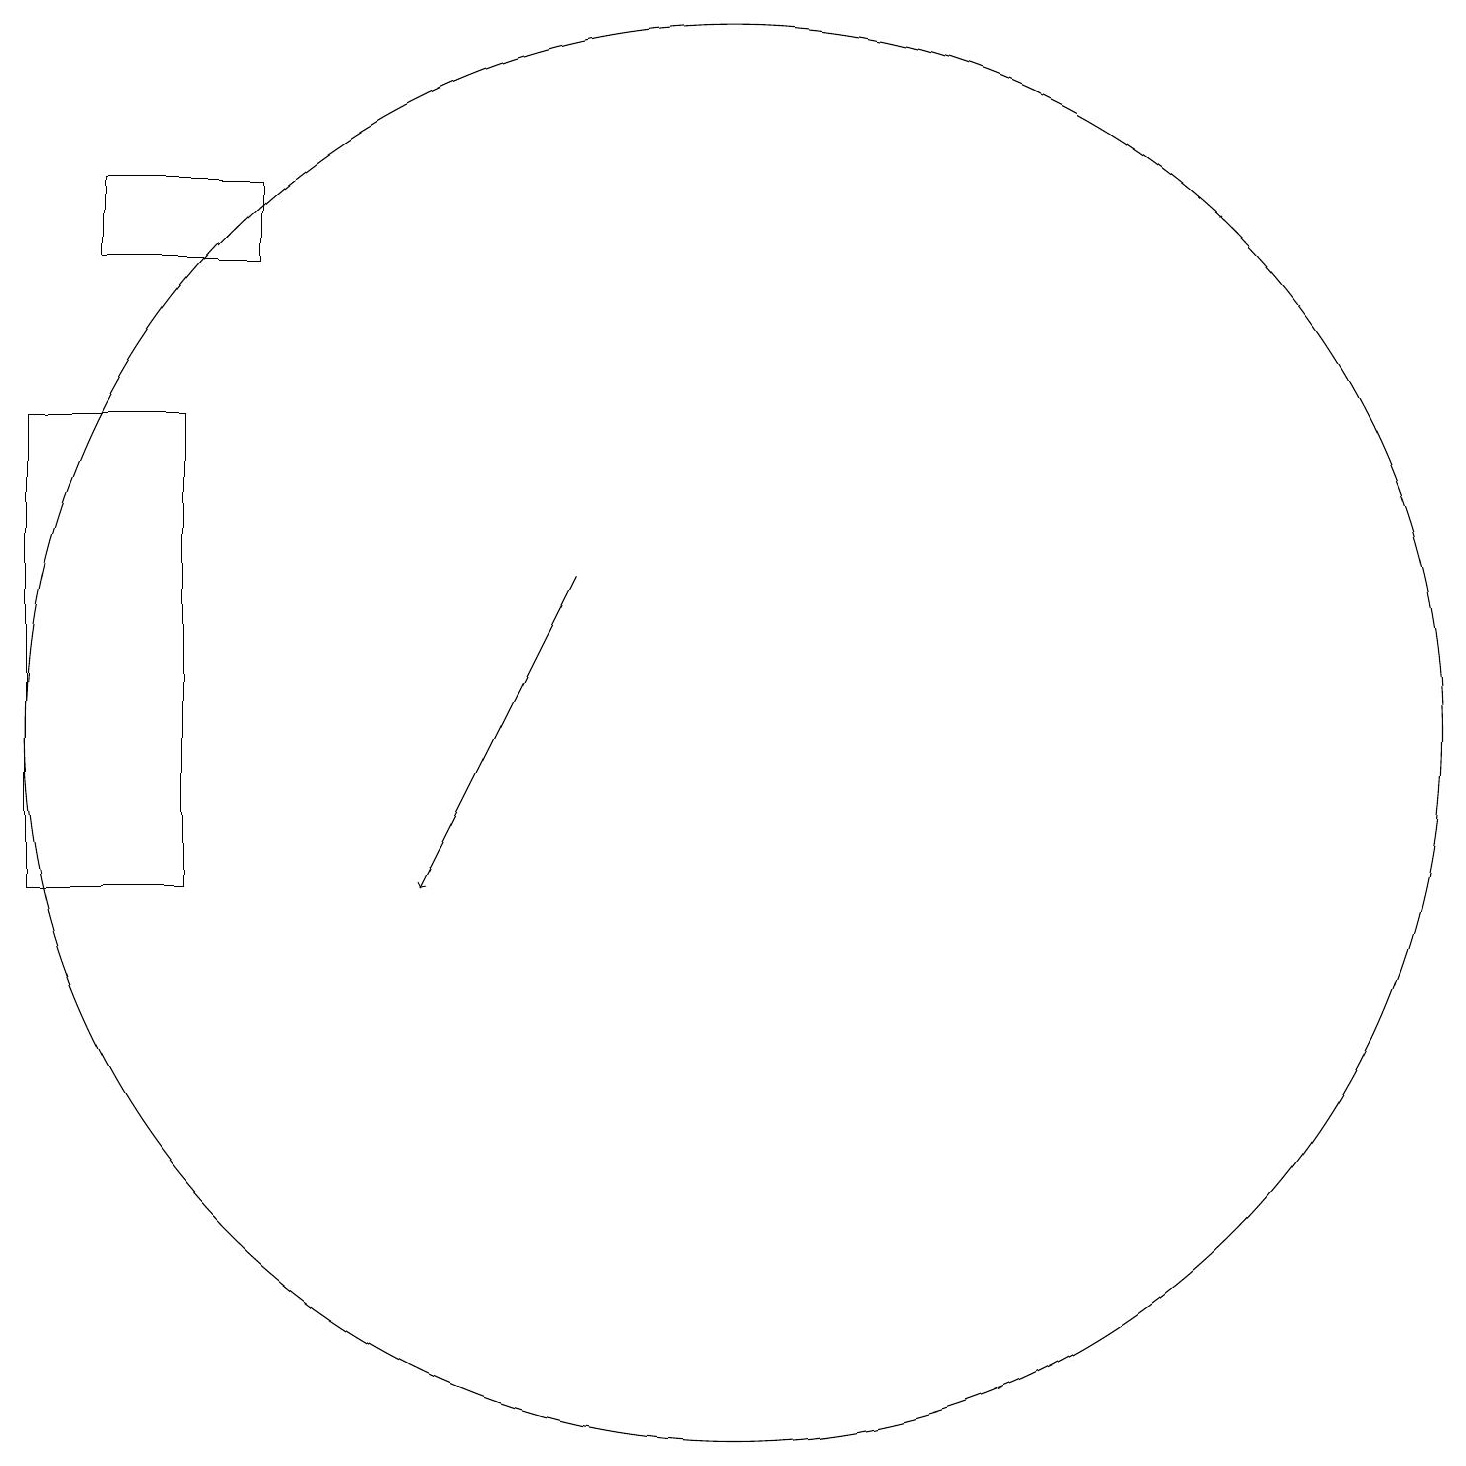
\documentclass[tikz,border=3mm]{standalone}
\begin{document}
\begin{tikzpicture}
\draw (3,19) rectangle (5,18);
\draw (4,16) rectangle (2,10);
\draw[->] (9,14) -- (7,10);
\draw (11,12) circle (9);
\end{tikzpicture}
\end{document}